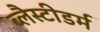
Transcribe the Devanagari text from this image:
ब्लैस्टीडर्म